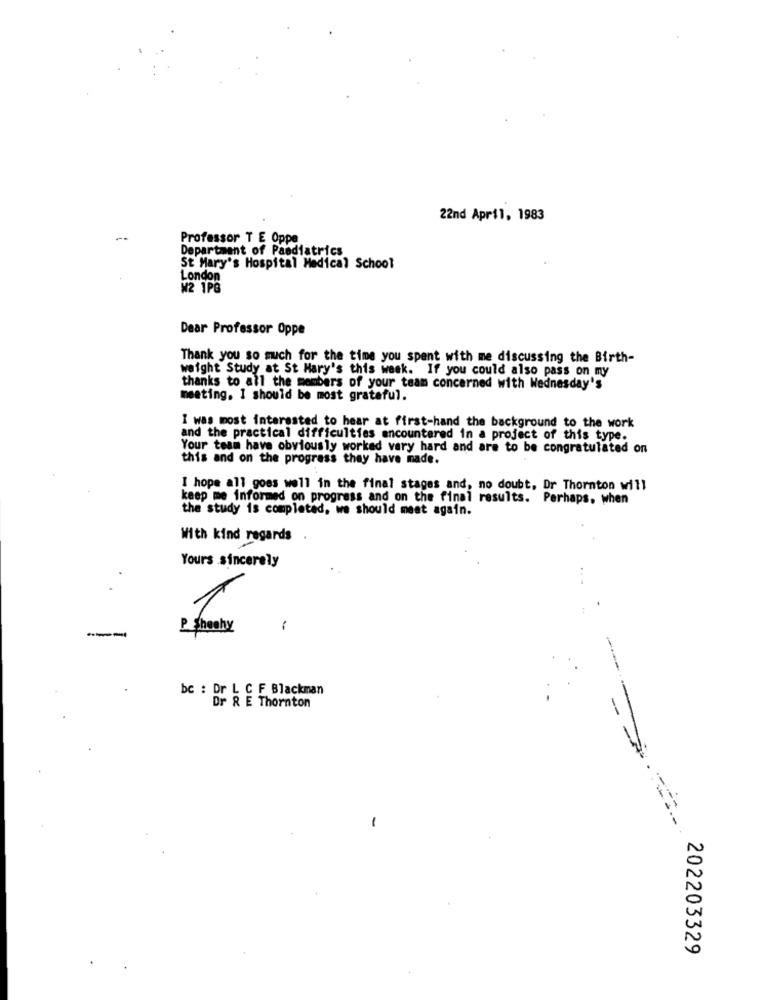
22nd April, 1983
Professor T E Oppe
Department of Paediatrics
St Mary's Hospital Medical School
London
W2 1PG
Dear Professor Oppe
Thank you so much for the time you spent with me discussing the Birth-
weight Study at St Mary's this week. If you could also pass on my
thanks to all the members of your team concerned with Wednesday's
meeting. I should be most grateful.
I was most interested to hear at first-hand the background to the work
and the practical difficulties encountered in a project of this type.
Your team have obviously worked very hard and are to be congratulated on
this and on the progress they have made.
I hope all goes well in the final stages and, no doubt, Dr Thornton will
keep me informed on progress and on the final results. Perhaps, when
the study is completed, we should meat again.
With kind regards
Yours sincerely
.
---
P. Sheehy
..
bc : Dr L C F Blackman
Dr & E Thornton
-
202203329